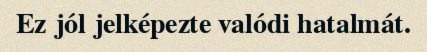
Ez jól jelképezte valódi hatalmát.